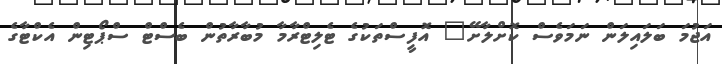
އަޖުމަ ބަލައިލަން ނަމަވެސް ކޮށްލާށޭ" އޮފީސްތަކުގެ ޓެލިޓްރާމާ މުބާރާތުން ބެސްޓް ސްޕޯޓިން އެކްޓާގެ